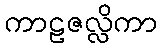
ကာဠဇလ္လိကာ